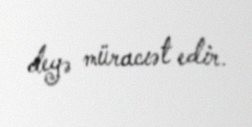
deyə müracıət edir.